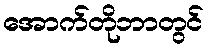
အောက်တိုဘာတွင်